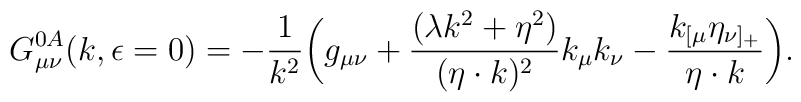
G^{0A}_{\mu\nu}(k,\epsilon=0)=-{1\over k^2}\biggl(g_{\mu\nu}+{{(\lambda k^2+\eta^2)}\over{(\eta\cdot k)^2}}k_\mu k_\nu-{k_{[\mu}\eta_{\nu]_+}\over{\eta\cdot k}}\biggr).